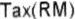
TAX(RM)